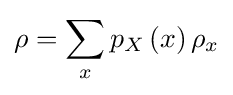
\rho =\sum _{x}p_{X}\left(x\right)\rho _{x}